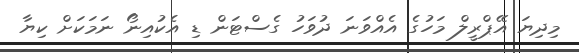
މިދިޔަ އޭޕްރީލް މަހުގެ އެއްވަނަ ދުވަހު ގެސްޓަން ޑި އެކުއިނޯ ނަމަކަށް ކިޔާ